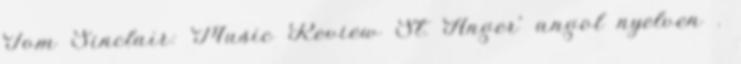
Tom Sinclair: Music Review St. Anger' angol nyelven .